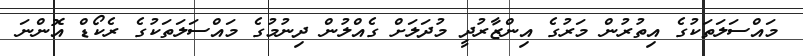
މައްސަލަތަކުގެ އިތުރުން މަރުގެ އިންޒާރުދީ މުދަލަށް ގެއްލުން ދިނުމުގެ މައްސަލަތަކުގެ ރެކޯޑް އޮންނަ